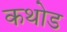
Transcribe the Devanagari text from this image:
कथोड